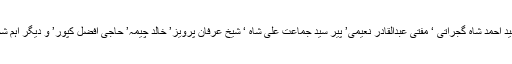
زیر سرپرستی پیر سید سعید احمد شاہ گجراتی ‘ مفتی عبدالقادر نعیمی’ پیر سید جماعت علی شاہ ‘ شیخ عرفان پرویز’ خالد چیمہ’ حاجی افضل کپور’ و دیگر اہم شخصیات شرکت کریں گی۔